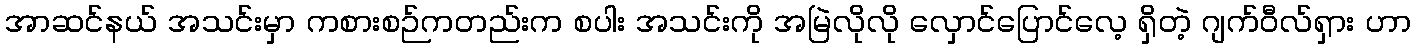
အာဆင်နယ် အသင်းမှာ ကစားစဉ်ကတည်းက စပါး အသင်းကို အမြဲလိုလို လှောင်ပြောင်လေ့ ရှိတဲ့ ဂျက်ဝီလ်ရှား ဟာ